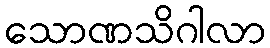
သောဏသိဂါလာ